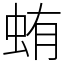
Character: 蛕